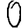
Digit: 0